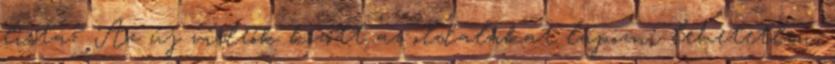
lista? Az új videók között az oldalakat lapozni lehetetlen,